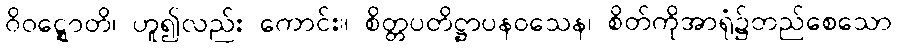
ဝိဝဋ္ဋောတိ၊ ဟူ၍လည်း ကောင်း။ စိတ္တပတိဋ္ဌာပနဝသေန၊ စိတ်ကိုအာရုံ၌တည်စေသော